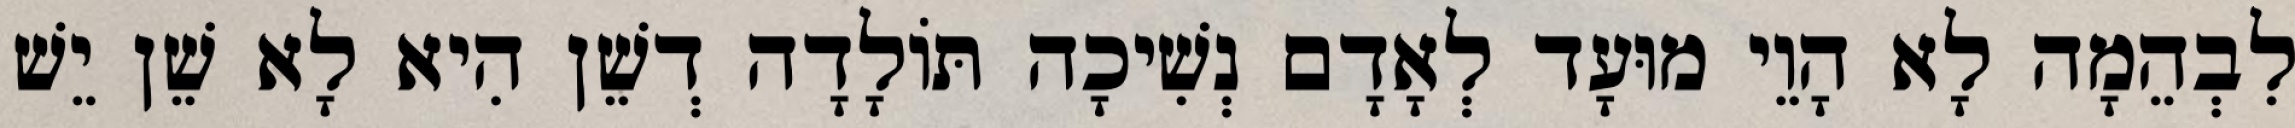
לִבְהֵמָה לָא הָוֵי מוּעָד לְאָדָם נְשִׁיכָה תּוֹלָדָה דְשֵׁן הִיא לָא שֵׁן יֵשׁ